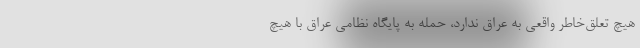
هیچ تعلق‌خاطر واقعی به عراق ندارد، حمله به پایگاه نظامی عراق با هیچ